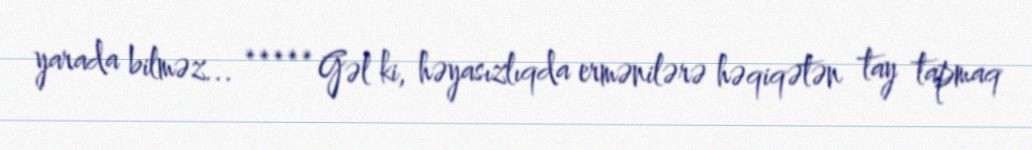
yarada bilməz... ***** Gəl ki, həyasızlıqda ermənilərə həqiqətən tay tapmaq